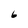
Character: 6